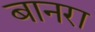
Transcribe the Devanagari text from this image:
बानरा